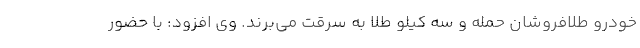
خودرو طلافروشان حمله و سه کیلو طلا به سرقت می‌برند. وی افزود: با حضور